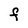
Character: f